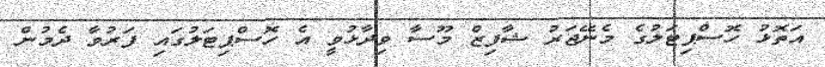
އަތޮޅު ހޮސްޕިޓަލުގެ މެނޭޖަރު ޝާފިޒް މޫސާ ވިދާޅުވީ އެ ހޮސްޕިޓަލުގައި ފަރުވާ ދެމުން